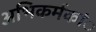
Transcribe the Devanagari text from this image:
अभिकर्मकांे